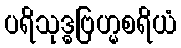
ပရိသုဒ္ဓဗြဟ္မစရိယံ